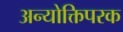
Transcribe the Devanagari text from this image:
अन्योक्तिपरक